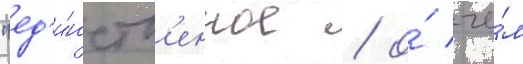
"ед'и́нств'енное / о́ че́м